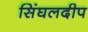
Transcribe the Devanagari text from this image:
सिंघलदीप